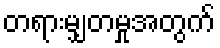
တရားမျှတမှုအတွက်